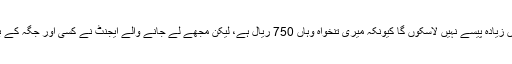
میں جانتا ہوں کہ میں زیادہ پیسے نہیں لاسکوں گا کیونکہ میری تنخواہ وہاں 750 ریال ہے، لیکن مجھے لے جانے والے ایجنٹ نے کسی اور جگہ کے بارے میں نہیں بتایا۔